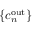
\{ c _ { n } ^ { \mathrm { o u t } } \}